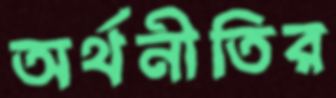
অর্থনীতির